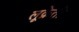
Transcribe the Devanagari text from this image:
लूक्रेती